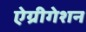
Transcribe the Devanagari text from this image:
ऐग्रीगेशन